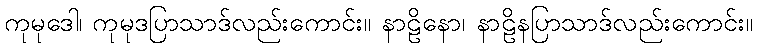
ကုမုဒေါ၊ ကုမုဒပြာသာဒ်လည်းကောင်း။ နာဠိနော၊ နာဠိနပြာသာဒ်လည်းကောင်း။